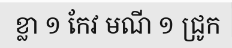
ខ្លា ១ កែវ មណី ១ ជ្រូក